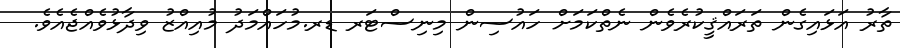
ތާރު އަޅައިގެން ތަރައްޤީކުރެވެން ނެތްކަމަށް ހައުސިން މިނިސްޓަރ ޑރ.މުހަައްމަދު މުއިއްޒު ވިދާޅުވެއްޖެއެވެ.